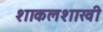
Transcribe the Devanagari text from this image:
शाकलशाखी